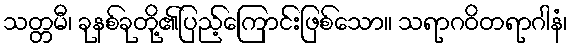
သတ္တမီ၊ ခုနစ်ခုတို့၏ပြည့်ကြောင်းဖြစ်သော။ သရာဂဝိတရာဂါနံ၊